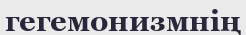
гегемонизмнің